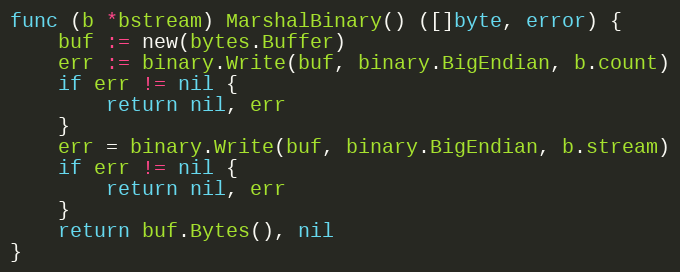
Language: Go
func (b *bstream) MarshalBinary() ([]byte, error) {
	buf := new(bytes.Buffer)
	err := binary.Write(buf, binary.BigEndian, b.count)
	if err != nil {
		return nil, err
	}
	err = binary.Write(buf, binary.BigEndian, b.stream)
	if err != nil {
		return nil, err
	}
	return buf.Bytes(), nil
}